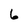
Character: 6